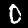
Digit: 0